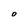
Character: O